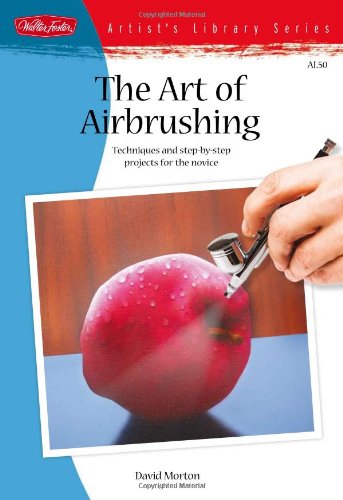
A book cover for The Art of Airbrushing: Techniques and step-by-step projects for the novice (Artist's Library); David Morton; Arts & Photography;